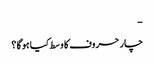
-
چار حروف کا وسط کیا ہوگا ؟